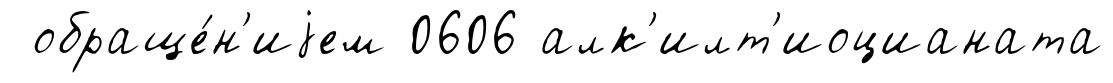
обраще́н'иjем 0606 алк'илт'иоцианата